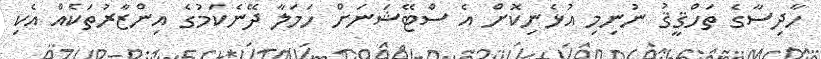
ހާދިސާގެ ތަހްޤީޤު ނުނިމި އުޅެނިކޮށް އެ ސްޓޭޝަނަށް ހަމަލާ ދޭނެކަމުގެ އިންޒާރުތަކެއް އެކި